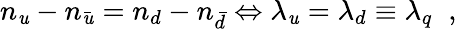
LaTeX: n_{\mathit{u}}-n_{\bar{{\mathit{u}}}}=n_{d}-n_{\bar{{d}}}\Leftrightarrow\lambda_{\mathit{u}}=\lambda_{d}\equiv\lambda_{q}\; \; ,